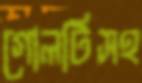
গোলটিসহ